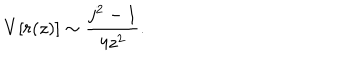
V [ r ( z ) ] \sim \frac { j ^ { 2 } - 1 } { 4 z ^ { 2 } } .